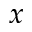
x